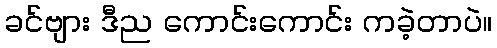
ခင်ဗျား ဒီည ကောင်းကောင်း ကခဲ့တာပဲ။